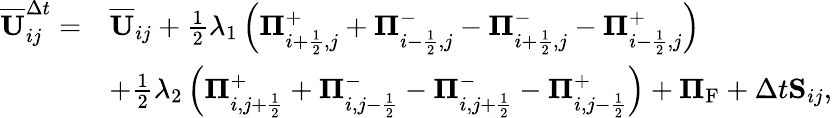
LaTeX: \begin{array}{rl}{\overline{{\mathbf{U}}}_{ij}^{\Delta t}=}&{\overline{{\mathbf{U}}}_{ij}+\frac{1}{2}\lambda_{1}\left({\mathbf\Pi}_{i+\frac{1}{2},j}^{+}+{\mathbf\Pi}_{i-\frac{1}{2},j}^{-}-{\mathbf\Pi}_{i+\frac{1}{2},j}^{-}-{\mathbf\Pi}_{i-\frac{1}{2},j}^{+}\right)}\\ &{+\frac{1}{2}\lambda_{2}\left({\mathbf\Pi}_{i,j+\frac{1}{2}}^{+}+{\mathbf\Pi}_{i,j-\frac{1}{2}}^{-}-{\mathbf\Pi}_{i,j+\frac{1}{2}}^{-}-{\mathbf\Pi}_{i,j-\frac{1}{2}}^{+}\right)+{\mathbf\Pi}_{\mathrm{{{F}}}}+\Delta t{\mathbf S}_{ij},}\end{array}